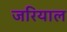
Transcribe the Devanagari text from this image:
जरियाल